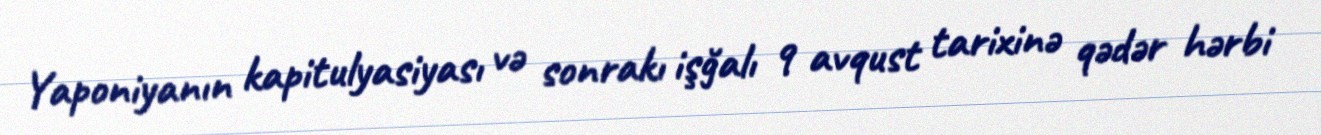
Yaponiyanın kapitulyasiyası və sonrakı işğalı 9 avqust tarixinə qədər hərbi